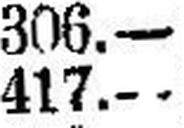
417.—